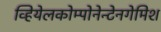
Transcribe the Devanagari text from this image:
व्हियेलकोम्पोनेन्टेनगेमिश